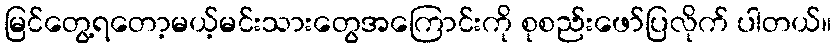
မြင်တွေ့ရတော့မယ့်မင်းသားတွေအကြောင်းကို စုစည်းဖော်ပြလိုက် ပါတယ်။